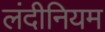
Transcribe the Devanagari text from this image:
लंदीनियम